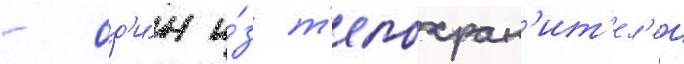
- од'и́н и́з т'елохран'ит'ел'еи